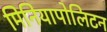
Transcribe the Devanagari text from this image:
मिनियापोलिटन